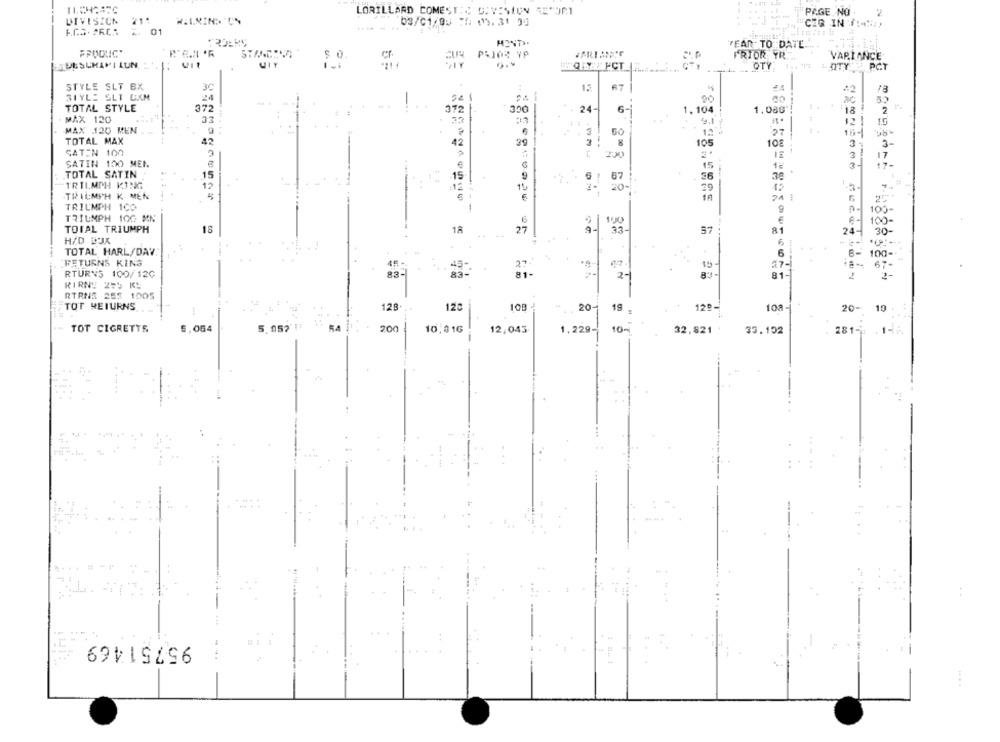
LORILLARD COMESTIC DIVISION RESORT
PAGE. NO .
2
DIVESICN
03/01/03 :4 05.31 05
01
CIR IN 714ND
TEAN TO DATE"
PRIOR YR.
VARIANCE
Uit
UIT
OTY, 1 .. 11 LOTY
PCT
STYLE SLT BX
30
15
31YLE SLT CXM
24
-
00
ac
50
TOTAL STYLE
372
372
300
24-
6-
1, 104
1.086
18
2
MAX 120
33
12 !
MAX 120 MEN
9
..... ...
5
60
12
TOTAL MAX
42
105
42
108
3 :
3
GATEN 100
200
3
17
SATIN 100 MEN
€
15
17-
3-
TOTAL SATIN
15
15
9
67
36
TRIUMPH KING
12
12
20-
39
42
TRIUMPH K MEN
24 :
TRIUMPH 100
100-
9
TRIUMPH 100 MN
6
100
€
TOTAL TRIUMPH
18
18
27
33-
57 .
81
24-
30 -
HAD DUX
6
TOTAL HARL/DAY
6
100
RETURNS KING
45
27.
15
27-
67
RTURNS 100/120
83
81-
83
81-
2.
RIRNy 255 KL
RTRNS 282 1005
TOT RETURNS
128.
120
109
20-
19
129-
108 -
20-
19
200
TOT CIGRETTS
5,064
5.952
10.016
12,043
1,229-)
10-
32,821
33.152
281- 14
95751469